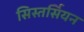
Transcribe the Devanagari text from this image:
सिस्तर्सियन